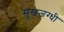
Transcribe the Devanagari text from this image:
सुखजग्धी